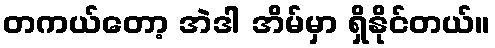
တကယ်တော့ အဲဒါ အိမ်မှာ ရှိနိုင်တယ်။